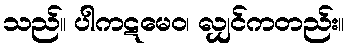
သည်။ ပါကဋမေဝ၊ လျှင်ကတည်း။